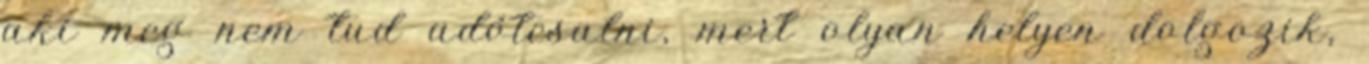
aki meg nem tud adótcsalni, mert olyan helyen dolgozik,